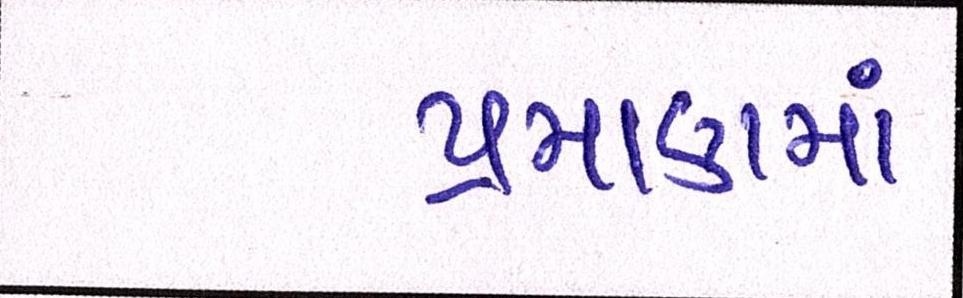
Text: પ્રમાણમાં